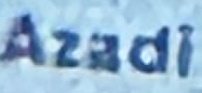
Azadi